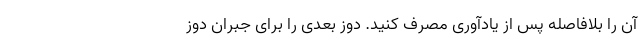
آن را بلافاصله پس از یادآوری مصرف کنید. دوز بعدی را برای جبران دوز